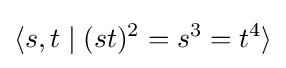
\langle s,t\mid (st)^{2}=s^{3}=t^{4}\rangle